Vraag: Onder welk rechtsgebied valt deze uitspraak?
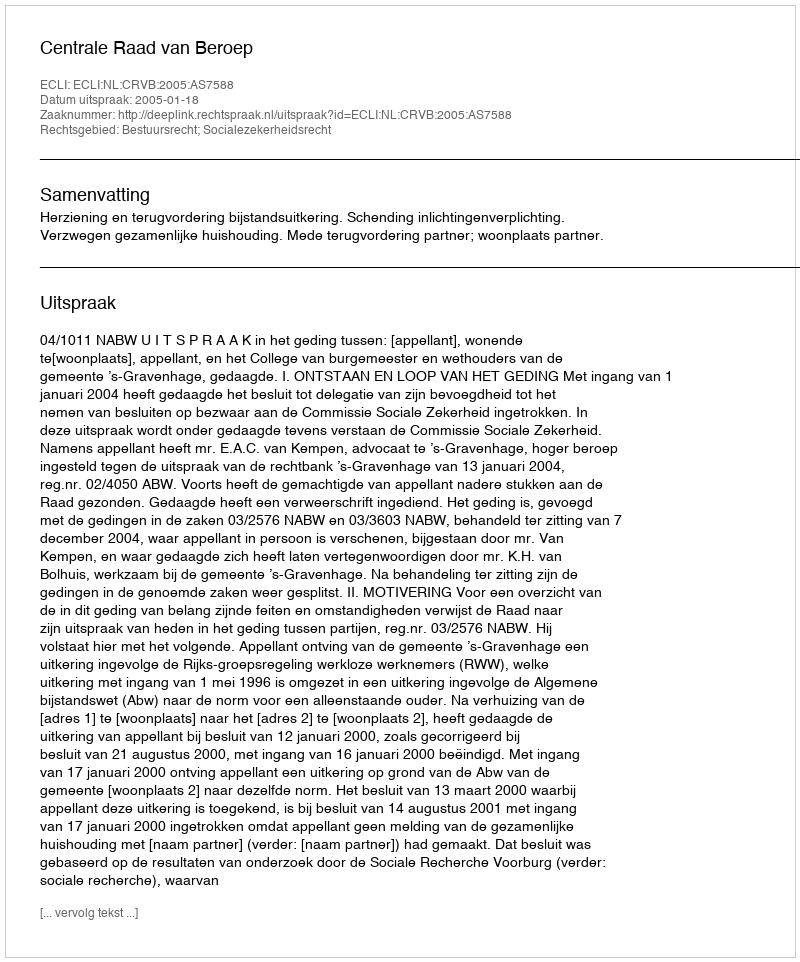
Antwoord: Bestuursrecht; Socialezekerheidsrecht